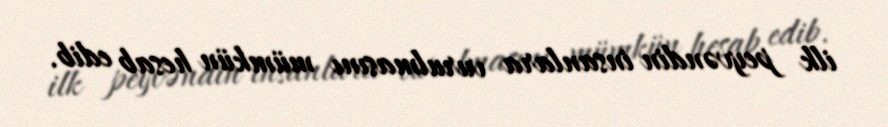
ilk peyvəndin insanlara vurulmasını mümkün hesab edib.